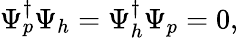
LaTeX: \begin{array}{r}{\Psi_{p}^{\dagger}\Psi_{h}=\Psi_{h}^{\dagger}\Psi_{p}=0,}\end{array}